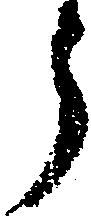
う